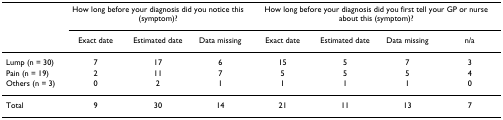
|  | <COLSPAN=3> How long before your diagnosis did you notice this (symptom)? | <COLSPAN=4> How long before your diagnosis did you first tell your GP or nurse about this (symptom)? |
 |  | Exact date | Estimated date | Data missing | Exact date | Estimated date | Data missing | n/a |
 | --- | --- | --- | --- | --- | --- | --- | --- |
 | Lump (n = 30) | 7 | 17 | 6 | 15 | 5 | 7 | 3 |
 | Pain (n = 19) | 2 | 11 | 7 | 5 | 5 | 5 | 4 |
 | Others (n = 3) | 0 | 2 | 1 | 1 | 1 | 1 | 0 |
 | Total | 9 | 30 | 14 | 21 | 11 | 13 | 7 |